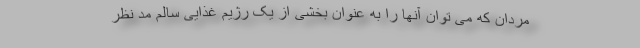
مردان که می توان آنها را به عنوان بخشی از یک رژیم غذایی سالم مد نظر